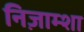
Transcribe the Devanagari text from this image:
निज़ाम्शा